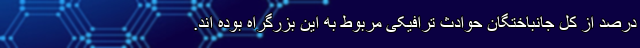
درصد از کل جانباختگان حوادث ترافیکی مربوط به این بزرگراه بوده اند.